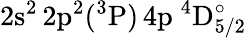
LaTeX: \mathrm{2s^{2}\, 2p^{2}(^{3}P)\, 4p~^{4}D_{5/2}^{\circ}}